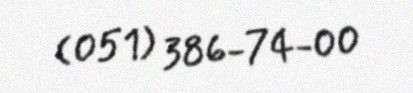
(051) 386-74-00